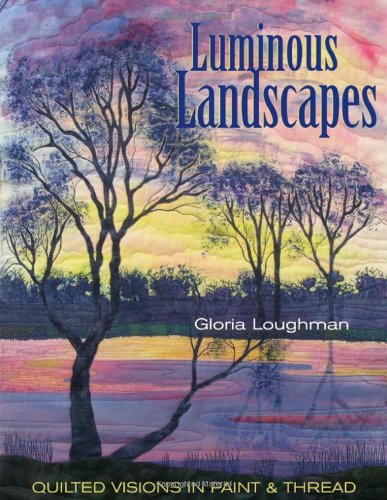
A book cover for Luminous Landscapes: Quilted Visions in Paint & Thread; Gloria Loughman; Crafts, Hobbies & Home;